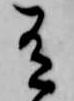
有